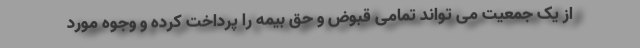
از یک جمعیت می تواند تمامی قبوض و حق بیمه را پرداخت کرده و وجوه مورد